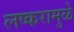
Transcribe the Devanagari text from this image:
लष्करामुळे